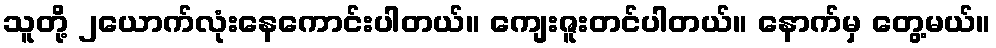
သူတို့ ၂ယောက်လုံးနေကောင်းပါတယ်။ ကျေးဇူးတင်ပါတယ်။ နောက်မှ တွေ့မယ်။